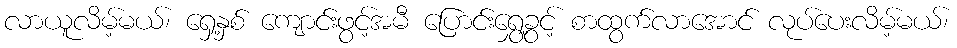
လာယူလိမ့်မယ်၊ ရှေ့နှစ် ကျောင်းဖွင့်အမီ ပြောင်းရွှေ့ခွင့် စာထွက်လာအောင် လုပ်ပေးလိမ့်မယ်၊